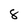
Character: 8